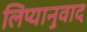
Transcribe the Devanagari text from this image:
लिप्यानुवाद